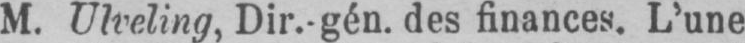
M. Ulveling, Dir.-gén. des finances. L’une